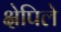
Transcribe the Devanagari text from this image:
क्षेपिले